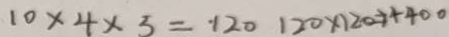
1 0 \times 4 \times 5 = \cdot 1 2 0 1 2 0 \times 1 2 0 = 1 4 4 0 0